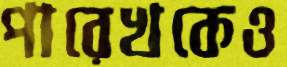
পারেখকেও